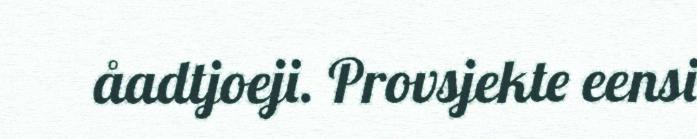
åadtjoeji. Provsjekte eensi